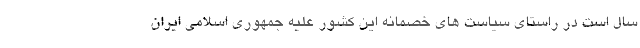
سال است در راستای سیاست های خصمانه این کشور علیه جمهوری اسلامی ایران